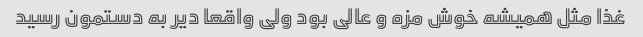
غذا مثل همیشه خوش مزه و عالی بود ولی واقعا دیر به دستمون رسید